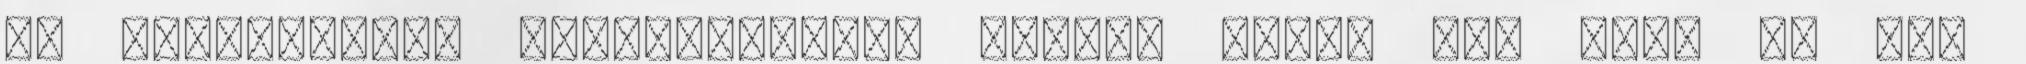
az alacsonyabb költségvetés, vagyis nincs sok CGI, de ami